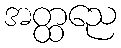
အတ္ထညေ